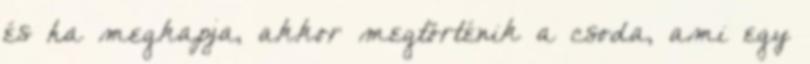
és ha megkapja, akkor megtörténik a csoda, ami egy